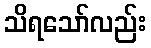
သိရသော်လည်း